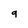
Character: 9